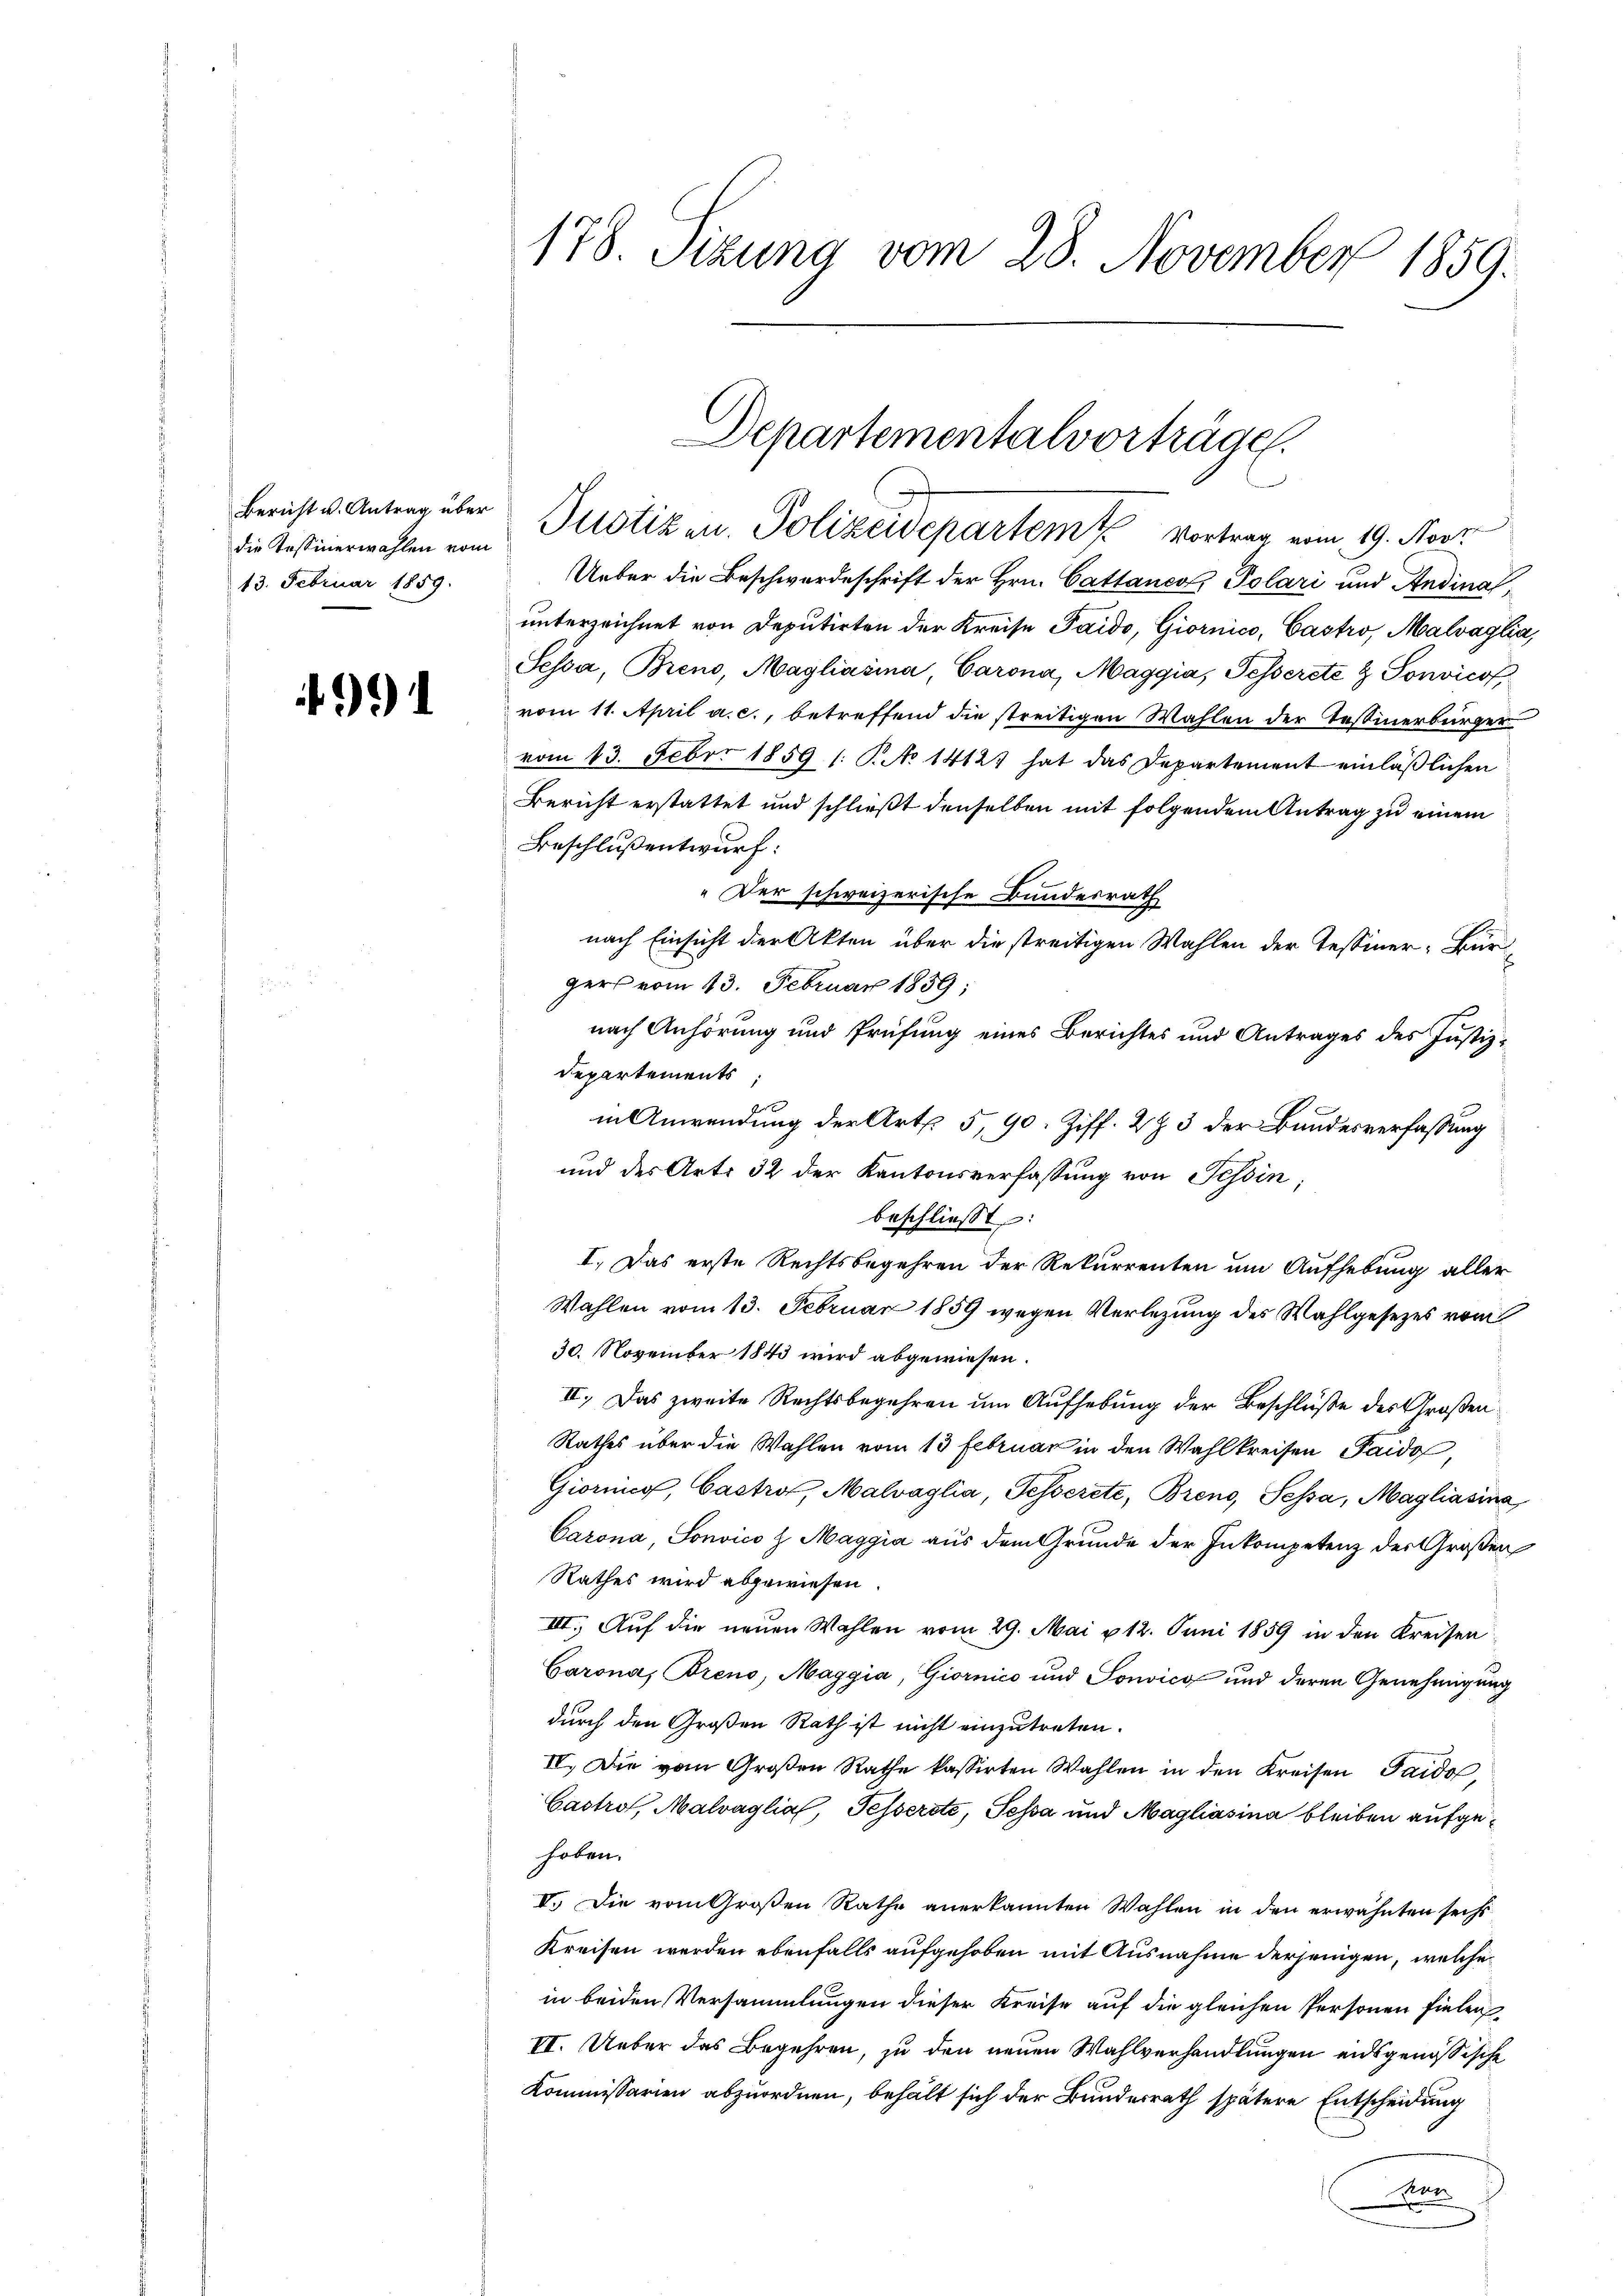
die Tessinerwahlen vom
13. Februar 1859.

1

178. Sizung vom 28. November 1859.

Departementalvorträge.

Bericht u. Antrag über Justiken. Polizeidepartem Vortrag vom 19. Nove
Ueber die Beschwerdeschrift der Hrn. Cattanco Polari und Andinalunterzeichnet von Deputirten der Kreise Taido, Giornico, Castro, Malvaglia,
Sessa, Brend, Magliašina, Carona, Maggia, Tesserete & Sonvicof,
vom 11. April a. c., betreffend die streitigen Wahlen der Tessinerbürger
vom 13. Feber 1859 1: No 14127 hat das Departement einläßlichen
Bericht erstattet und schließt denselben mit folgendem Antrag zu einem
Beschluß entwurf:
Der schweizerische Bundesrath
nach Einsicht der Akten über die streitigen Wahlen der Tessiner-Bür
gers vom 13. Februar 1859;
nach Anhörung und Prüfung eines Berichtes und Antrages des Justiz-
Departements
in Anwendung der Art. 5, 90. Ziff. 2 § 3 der Bundesverfassung
und des Art. 32 der Kantonsverfassung von Tessin,
beschließt:
I. Das erste Rechtsbegehren der Rekurrenten um Aufhebung aller
Wahlen vom 13. Februar 1859 wegen Verlegung des Wahlgesezes vom
30. November 1843 wird abgewiesen.
II. Das zweite Rechtsbegehren um Aufhebung der Beschlüße des Großen¬
Rathes über die Wahlen vom 13 Februar in den Wahlkreisen Paidof,
Giornis, Castro, Malvaglia, Tesserete, Breno, Sessa, Magliasina,
Carona, Sonvico z Maggia aus dem Grunde der Inkompetenz des Großen
Rathes wird abgewiesen.
III. Auf die neuen Wahlen vom 29. Mai u 12. Juni 1859 in den Kreisen
Garona, Breno, Maggia, Giornico und Sonvics und deren Genehmigung
durch den Großen Rath ist nicht einzutreten.
IV. Die vom Großen Rathe kassirten Wahlen in den Kreisen Taido,
Castrol, Malvaglia, Fesserste, Pessa und Magliasina bleiben aufgehoben.
VI. Die vom Großen Rathe anerkannten Wahlen in den erwähnten sechs
kreisen werden ebenfalls aufgehoben mit Ausnahme derjenigen, welche
in beiden Versammlungen dieser Kreise auf die gleichen Personen fielen
II. Ueber das Begehren, zu den neuen Wahlverhandlungen eidsgenössische
Kommissarien abzuordnen, behält sich der Bundesrath spätere Entscheidung
at
A